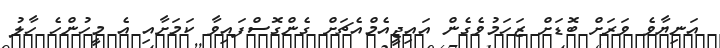
އަނިޔާވެ ވަރަށް ބޮޑަށް ޒަހަމުވެގެން އައިޖީއެމްއެޗަށް ގެންގޮސްފައިވާ ކަމަށާއި އެ މީހުންހެ ހާލު